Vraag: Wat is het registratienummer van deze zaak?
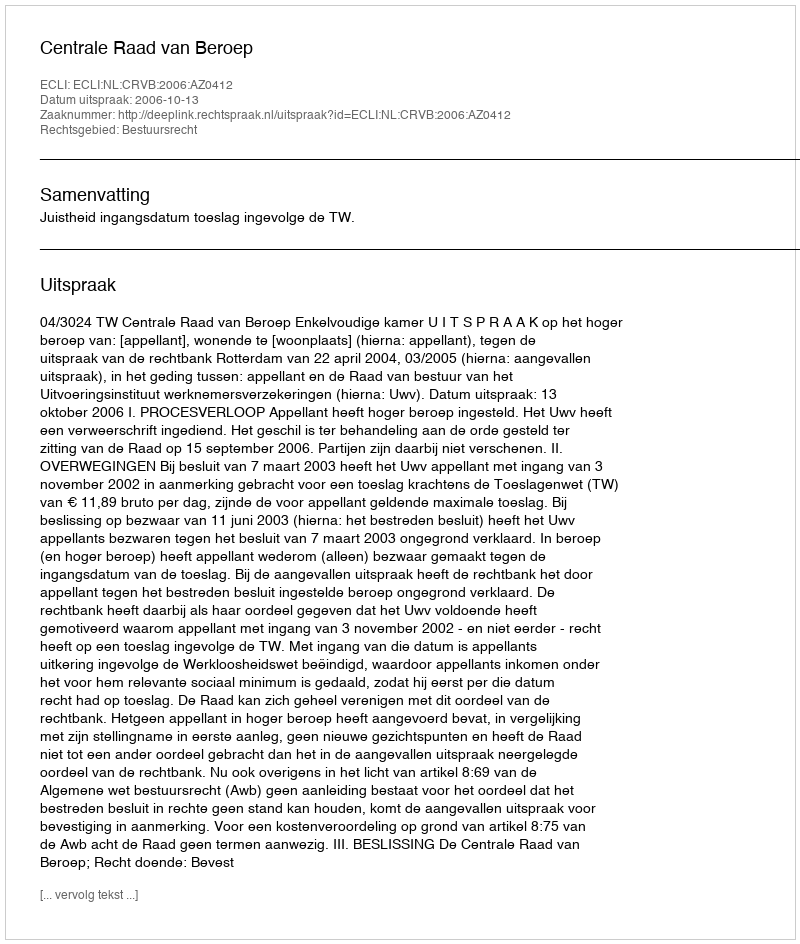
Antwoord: http://deeplink.rechtspraak.nl/uitspraak?id=ECLI:NL:CRVB:2006:AZ0412